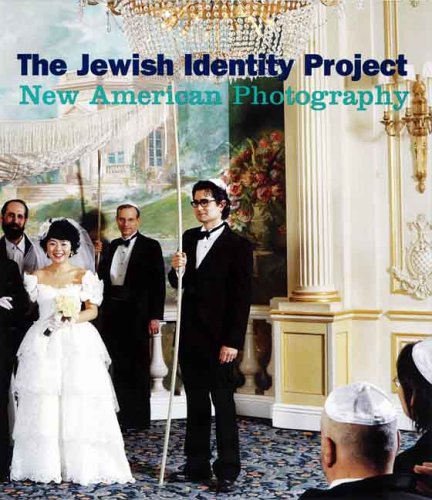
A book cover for The Jewish Identity Project: New American Photography (Jewish Museum); Religion & Spirituality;